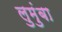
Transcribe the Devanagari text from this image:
लुमुंबा